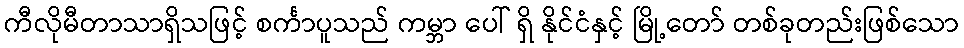
ကီလိုမီတာသာရှိသဖြင့် စင်္ကာပူသည် ကမ္ဘာ ပေါ် ရှိ နိုင်ငံနှင့် မြို့တော် တစ်ခုတည်းဖြစ်သော